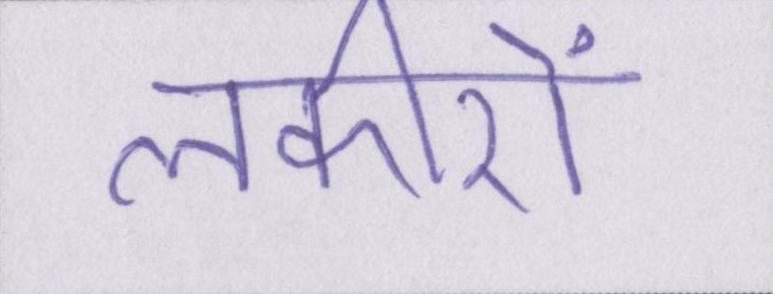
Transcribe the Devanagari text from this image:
लकीरों